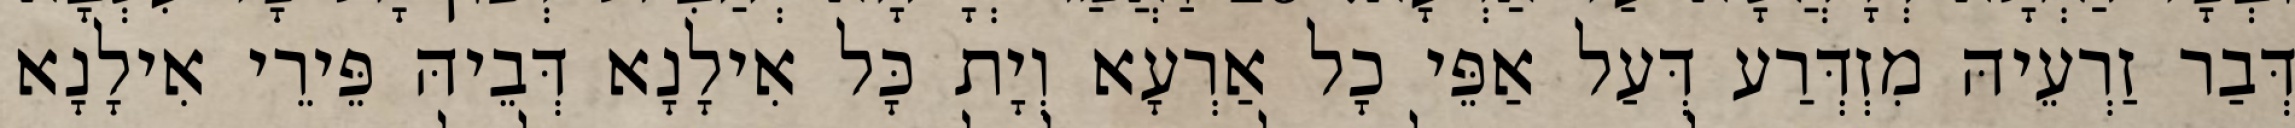
דְּבַר זַרְעֵיהּ מִזְדְּרַע דְּעַל אַפֵּי כָל אַרְעָא וְיָת כָּל אִילָנָא דְּבֵיהּ פֵּירֵי אִילָנָא